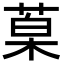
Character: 𮏦